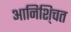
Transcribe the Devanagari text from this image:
आनिशि्चत